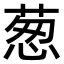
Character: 葱